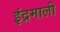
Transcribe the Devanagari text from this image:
इंद्रमाली